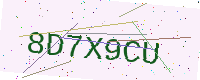
Text: 8D7X9CU